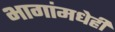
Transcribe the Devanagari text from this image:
भागांमधेही